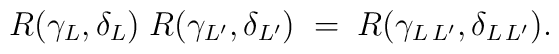
R(\gamma_{L},\delta_{L})\;R(\gamma_{L^{\prime}},\delta_{L^{\prime}})\;=\;   R(\gamma_{L\,L^{\prime}},\delta_{L\,L^{\prime}}).